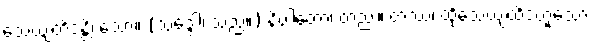
သေယျထိဒန္တိ၊ သော။ (သဒ္ဒေါ၊ သည်။) နိပါတော၊ တည်း။ တဿ၊ ထိုသေယျထိဒံဟူသော